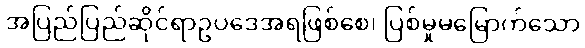
အပြည်ပြည်ဆိုင်ရာဥပဒေအရဖြစ်စေ၊ ပြစ်မှုမမြောက်သော